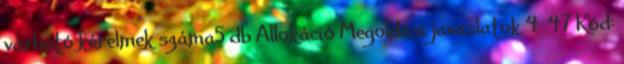
várható kérelmek száma5 db Allokáció Megoldási javaslatok 4 47 Kód: